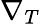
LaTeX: \nabla_{T}